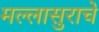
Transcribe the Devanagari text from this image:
मल्लासुराचे